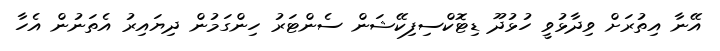
އޭނާ އިތުރަށް ވިދާޅުވީ ހުޅުދޫ ޑިޓޮކްސިފިކޭޝަން ސެންޓަރު ހިންގަމުން ދިޔައިރު އެތަނުން އެހާ